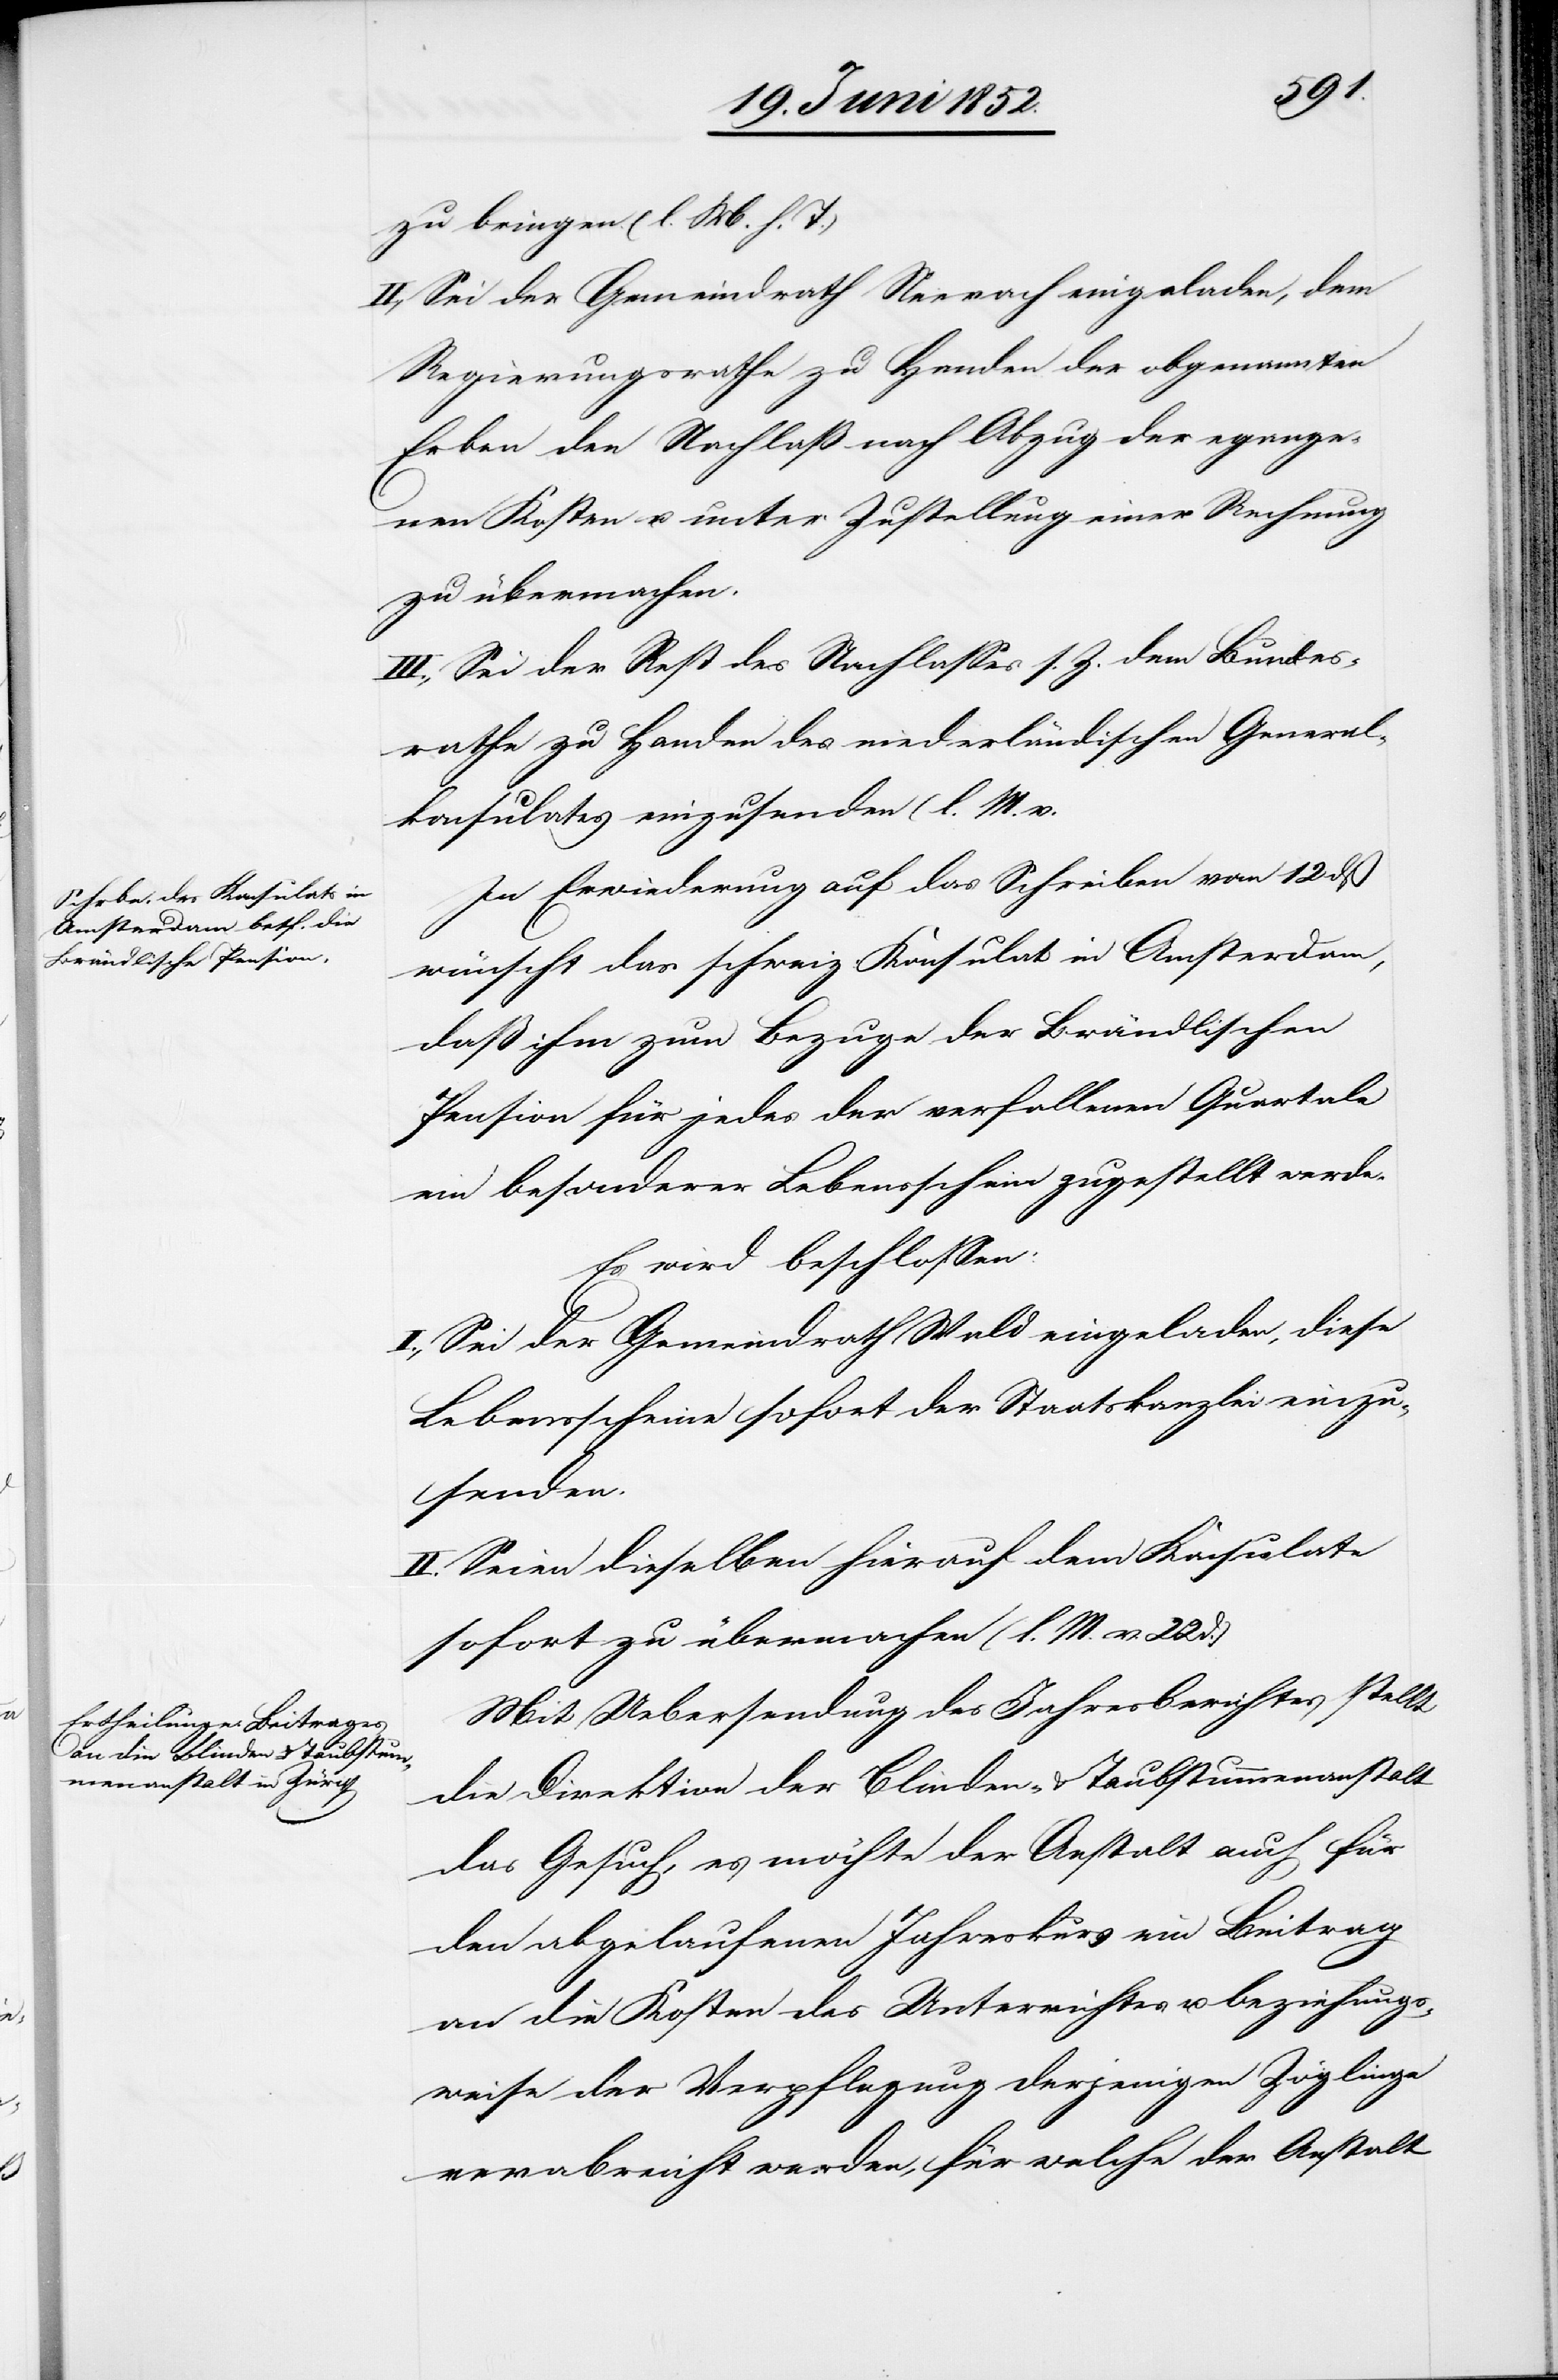
zu bringen. (l. M. h. T.)
II., Sei der Gemeindrath Neerach eingeladen, dem
Regierungsrathe zu Handen der obgenannten
Erben den Nachlaß nach Abzug der e[r]gange¬
nen Kosten u. unter Zustellung einer Rechnung
zu übermachen.
III., Sei der Rest des Nachlasses s. Z. dem Bundes¬
rathe zu Handen des niederländischen General¬
konsulates einzusenden (l. M. v.
In Erwiederung auf das Schreiben vom 12 dß
wünscht das schweiz: Konsulat in Amsterdam,
daß ihm zum Bezuge der Brändlischen
Pension für jedes der verfallenen Quartale
ein besonderer Lebensschein zugestellt werde.
Es wird beschlossen:
I., Sei der Gemeindrath Wald eingeladen, diese
Lebensscheine sofort der Staatskanzlei einzu¬
senden.
II. Seien dieselben hierauf dem Konsulate
sofort zu übermachen (l. M. v. 22
Mit Uebersendung des Jahresberichtes stellt
die Direktion der Blinden- & Taubstummenanstalt
das Gesuch, es möchte der Anstalt auch für
den abgelaufenen Jahreskurs ein Beitrag
an die Kosten des Unterrichtes u. beziehungs¬
weise der Verpflegung derjenigen Zöglinge
verabreicht werden, für welche der Anstalt